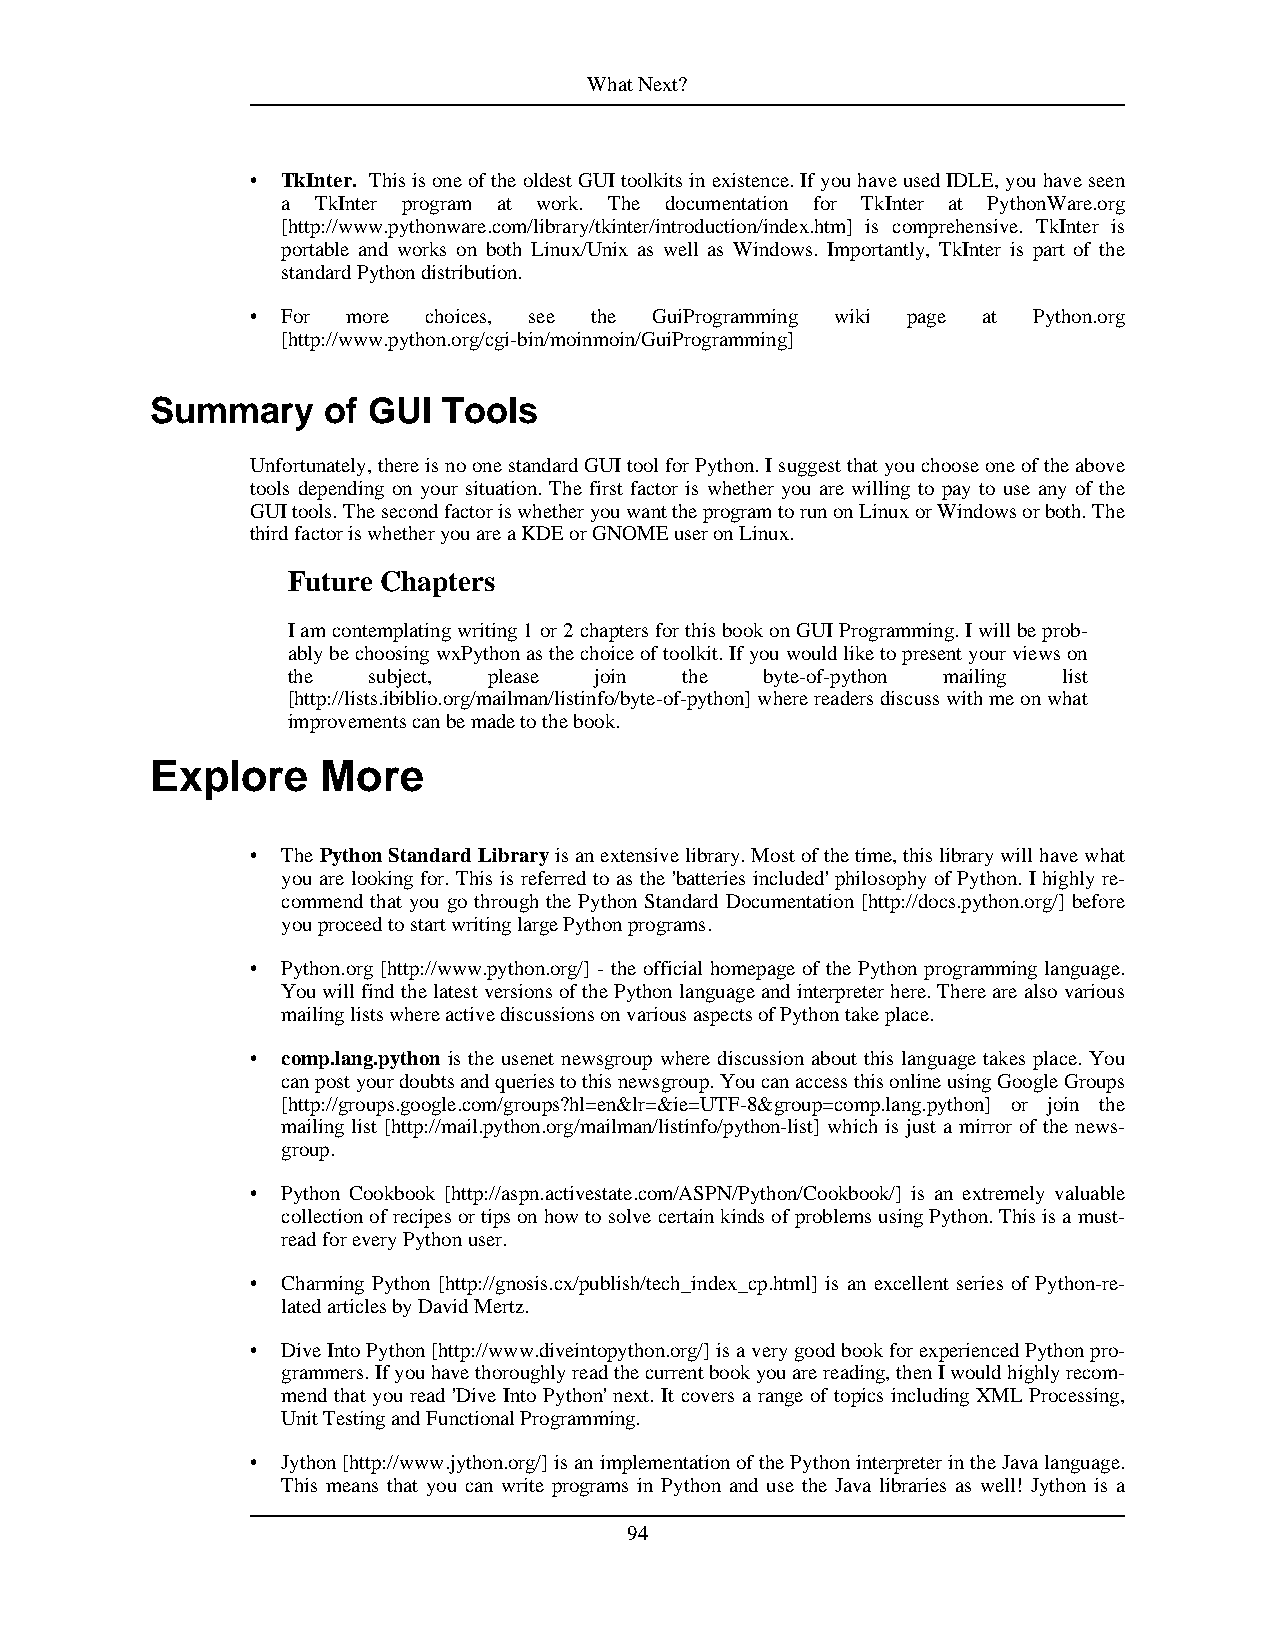
WhatNext?
 • TkInter. ThisisoneoftheoldestGUItoolkitsinexistence.IfyouhaveusedIDLE,youhaveseen
 a TkInter program at work. The documentation for TkInter at PythonWare.org
 [http://www.pythonware.com/library/tkinter/introduction/index.htm] is comprehensive. TkInter is
 portable and works on both Linux/Unix as well as Windows. Importantly, TkInter is part of the
 standardPythondistribution.
 • For more choices, see the GuiProgramming wiki page at Python.org
 [http://www.python.org/cgi-bin/moinmoin/GuiProgramming]
 Summary    of GUI  Tools
 Unfortunately,thereisnoonestandardGUItoolforPython.Isuggestthatyouchooseoneoftheabove
 tools depending on your situation. The first factor is whether you are willing to pay to use any of the
 GUItools.ThesecondfactoriswhetheryouwanttheprogramtorunonLinuxorWindowsorboth.The
 thirdfactoriswhetheryouareaKDEorGNOMEuseronLinux.
 Future Chapters
 Iamcontemplatingwriting1or2chaptersforthisbookonGUIProgramming.Iwillbeprob-
 ablybechoosingwxPythonasthechoiceoftoolkit.Ifyouwouldliketopresentyourviewson
 the  subject, please join the   byte-of-python mailing list
 [http://lists.ibiblio.org/mailman/listinfo/byte-of-python]wherereadersdiscusswithmeonwhat
 improvementscanbemadetothebook.
 Explore    More
 • ThePythonStandardLibraryisanextensivelibrary.Mostofthetime,thislibrarywillhavewhat
 you are looking for. This is referred to as the 'batteries included' philosophy of Python. I highly re-
 commend that you go through the Python Standard Documentation [http://docs.python.org/] before
 youproceedtostartwritinglargePythonprograms.
 • Python.org [http://www.python.org/] - the official homepage of the Python programming language.
 YouwillfindthelatestversionsofthePythonlanguageandinterpreterhere.Therearealsovarious
 mailinglistswhereactivediscussionsonvariousaspectsofPythontakeplace.
 • comp.lang.python is the usenet newsgroup where discussion about this language takes place. You
 canpostyourdoubtsandqueriestothisnewsgroup.YoucanaccessthisonlineusingGoogleGroups
 [http://groups.google.com/groups?hl=en&lr=&ie=UTF-8&group=comp.lang.python] or join the
 mailing list [http://mail.python.org/mailman/listinfo/python-list] which is just a mirror of the news-
 group.
 • Python Cookbook [http://aspn.activestate.com/ASPN/Python/Cookbook/] is an extremely valuable
 collectionofrecipesortipsonhowtosolvecertainkindsofproblemsusingPython.Thisisamust-
 readforeveryPythonuser.
 • Charming Python [http://gnosis.cx/publish/tech_index_cp.html] is an excellent series of Python-re-
 latedarticlesbyDavidMertz.
 • DiveIntoPython[http://www.diveintopython.org/]isaverygoodbookforexperiencedPythonpro-
 grammers.Ifyouhavethoroughlyreadthecurrentbookyouarereading,thenIwouldhighlyrecom-
 mend that you read 'Dive Into Python' next. It covers a range of topics including XML Processing,
 UnitTestingandFunctionalProgramming.
 • Jython[http://www.jython.org/]isanimplementationofthePythoninterpreterintheJavalanguage.
 This means that you can write programs in Python and use the Java libraries as well! Jython is a
 94